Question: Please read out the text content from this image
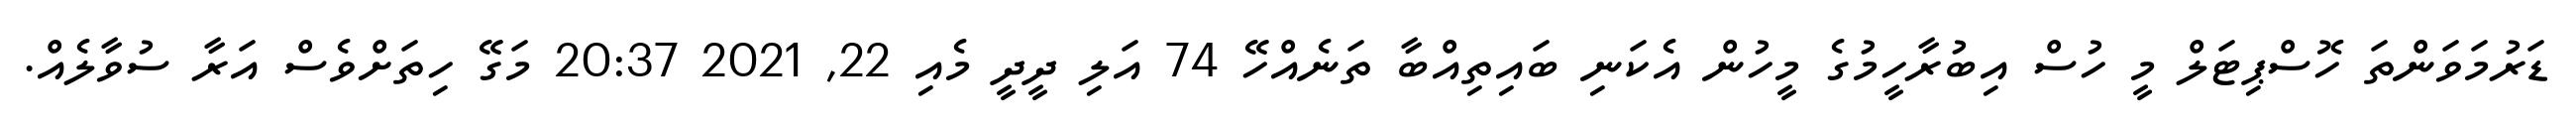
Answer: ޑަރުމަވަންތަ ހޮސްޕިޓަލް މީ ހުސް އިބުރާހީމުގެ މީހުން އެކަނި ބައިތިއްބާ ތަނެއްހޭ 74 އަލި ދީދީ މެއި 22, 2021 20:37 މަގޭ ހިތަށްވެސް އަރާ ސުވާލެއް.